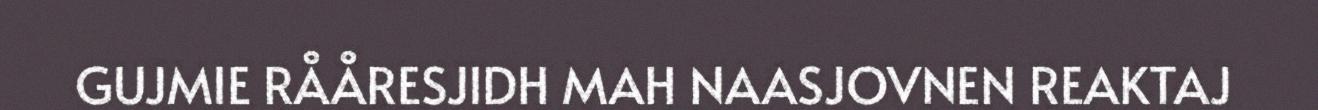
GUJMIE RÅÅRESJIDH MAH NAASJOVNEN REAKTAJ